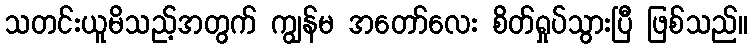
သတင်းယူမိသည့်အတွက် ကျွန်မ အတော်လေး စိတ်ရှုပ်သွားပြီ ဖြစ်သည်။